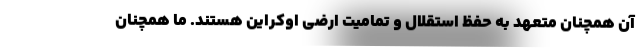
آن همچنان متعهد به حفظ استقلال و تمامیت ارضی اوکراین هستند. ما همچنان